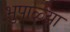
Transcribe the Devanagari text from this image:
भुपाळ्या